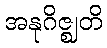
အနုဂိဇ္ဈတိ